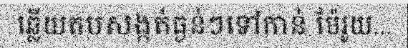
ឆ្លើយតបសង្កត់ធ្ងន់ៗទៅកាន់ ម៉ែរួយ...